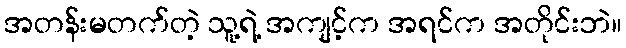
အတန်းမတက်တဲ့ သူ့ရဲ့ အကျင့်က အရင်က အတိုင်းဘဲ။